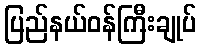
ပြည်နယ်ဝန်ကြီးချုပ်